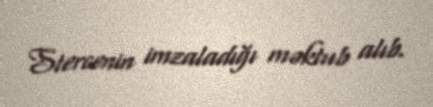
Stercenin imzaladığı məktub alıb.